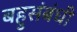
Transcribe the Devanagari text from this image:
बहुसंबंधी